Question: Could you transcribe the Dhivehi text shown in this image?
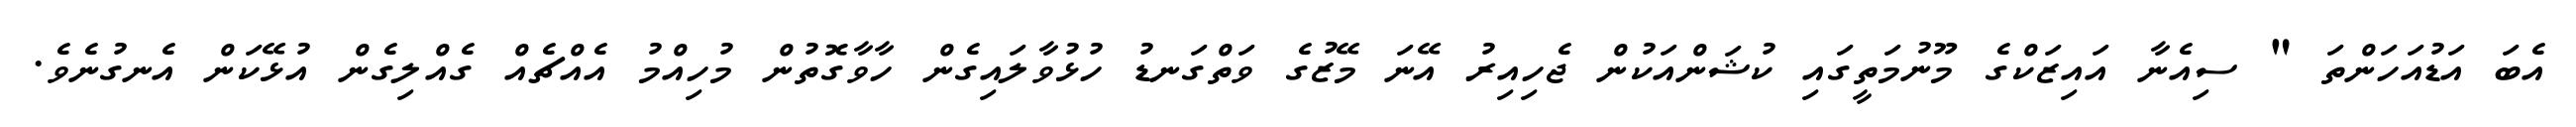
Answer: އެބަ އަޑުއަހަންތަ " ސިއެނާ އައިޒަކްގެ މޫނުމަތީގައި ކުޝަންއަކުން ޖެހިއިރު އޭނަ މޭޒުގެ ވަތްގަނޑު ހުޅުވާލައިގެން ހާވާގޮތުން މުހިއްމު އެއްޗެއް ގެއްލިގެން އުޅޭކަން އެނގުނެވެ.